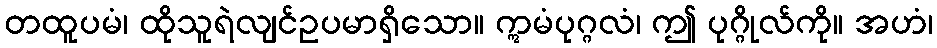
တထူပမံ၊ ထိုသူရဲလျင်ဥပမာရှိသော။ ဣမံပုဂ္ဂလံ၊ ဤ ပုဂ္ဂိုလ်ကို။ အဟံ၊